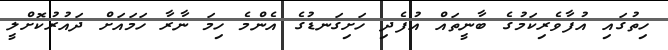
ހިތުގައި އުފާވެރިކަމުގެ ބާނީތައް އުފެދި ހަށިގަނޑުގެ އެންމެ ހިމަ ނާރާ ހަމައަށް ދައުރުކޮށްލީ